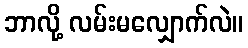
ဘာလို့ လမ်းမလျှောက်လဲ။